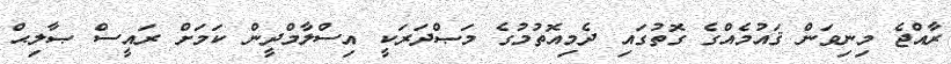
ރާއްޖެ މިނިވަން ޤައުމެއްގެ ގޮތުގައި ދެމިއޮތުމުގެ މަޞްދަރަކީ އިސްލާމްދީން ކަމަށް ރައީސް ޞާލިޙް